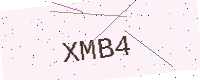
Text: XMB4